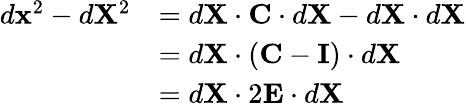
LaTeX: {\begin{array}{rl}{d\mathbf{x}^{2}-d\mathbf{X}^{2}}&{=d\mathbf{X}\cdot\mathbf{C}\cdot d\mathbf{X}-d\mathbf{X}\cdot d\mathbf{X}}\\ &{=d\mathbf{X}\cdot(\mathbf{C}-\mathbf{I})\cdot d\mathbf{X}}\\ &{=d\mathbf{X}\cdot 2\mathbf{E}\cdot d\mathbf{X}}\end{array}}